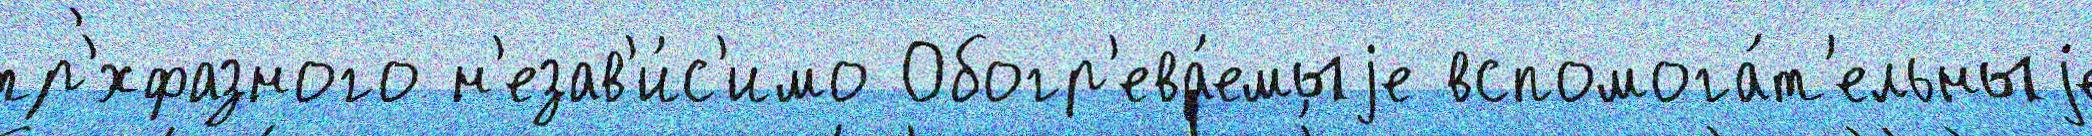
тр'́хфазного н'езав'и́с'имо Обогр'ева́емыjе вспомога́т'ельныjе